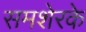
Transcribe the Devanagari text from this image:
समशेरके